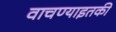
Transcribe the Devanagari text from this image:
वाचण्याइतकी